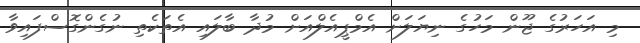
މި އަހަރުގެ ޖޫން މަހުގެ ނިޔަލަށް އެމްޕީއެލްއަށް މުދާ ބާލައި އެތަކެތި ނުގެންގޮސްފައިވާ